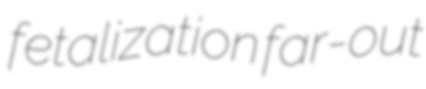
fetalization far-out